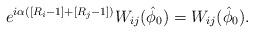
LaTeX: \begin{align*}e^{i \alpha \left( \left[R_i-1\right] + \left[ R_j - 1 \right] \right)}W_{ij} (\hat \phi_0 ) =W_{ij} (\hat \phi_0 ).\end{align*}